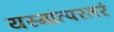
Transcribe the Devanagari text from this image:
यस्मात्परतरं